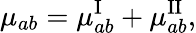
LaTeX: \mu_{ab}=\mu_{ab}^{\mathrm{I}}+\mu_{ab}^{\mathrm{II}},